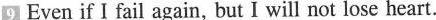
9 Even if I fail again, but I will not lose heart.